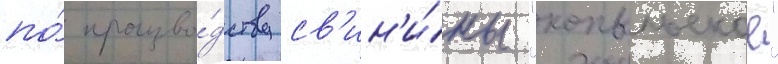
по́ произво́дству св'ин'и́ны "копыльское"